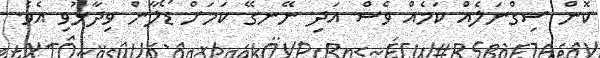
ކޮން ސިގްނަލެއް ކަމެއް ވެސް އަދި ނޭނގޭ ކަމަށް ޑޯލާން ވިދާޅުވި އެވެ.